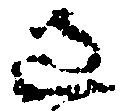
過